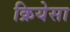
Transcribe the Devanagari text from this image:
क्रियेसा